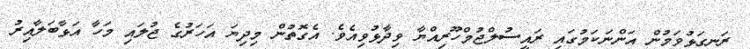
ރަނގަޅުވަމުން އަންނަކަމުގައި ރައީސުލްޖުމްހޫރިއްޔާ ވިދާޅުވިއެވެ. އެގޮތުން މިދިޔަ އަހަރުގެ ޖުލައި މަހާ އަޅާބަލާއިރު